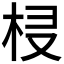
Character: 𣐔